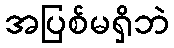
အပြစ်မရှိဘဲ